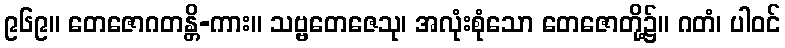
၉၆၉။ တေဇောဂတန္တိ-ကား။ သဗ္ဗတေဇေသု၊ အလုံးစုံသော တေဇောတို့၌။ ဂတံ၊ ပါဝင်